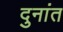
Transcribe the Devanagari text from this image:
दुनांत